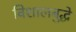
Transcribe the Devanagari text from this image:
विशालबुद्धे